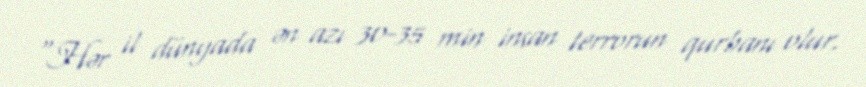
"Hər il dünyada ən azı 30-35 min insan terrorun qurbanı olur.